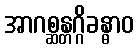
အာဂစ္ဆန္တဂ္ဂိခန္ဓာဝ